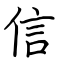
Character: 信